Report on the working of the Ranchi Indian Mental Hospital, Kanke, in Bihar and Orissa - 1930-1940
Year: 1930
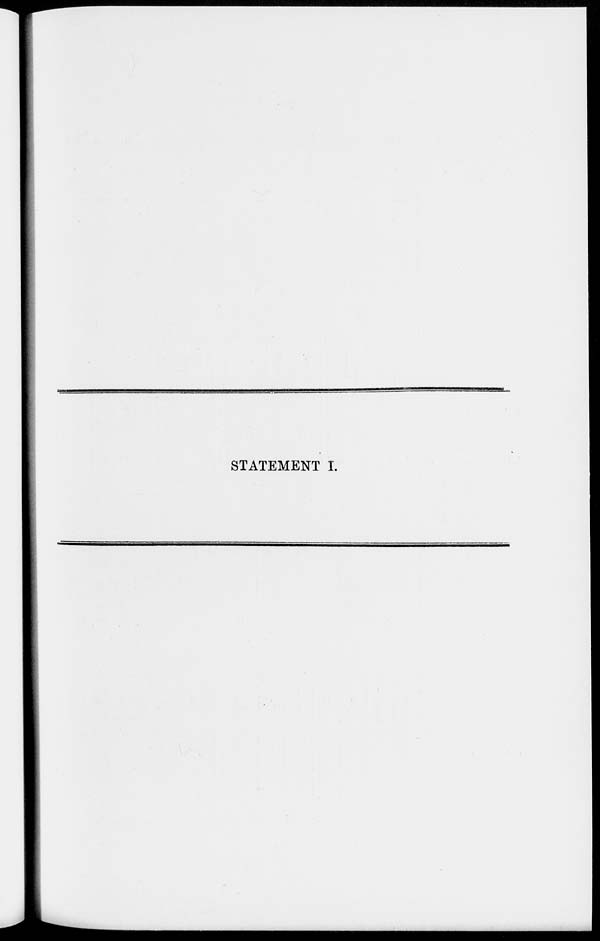
STATEMENT I.